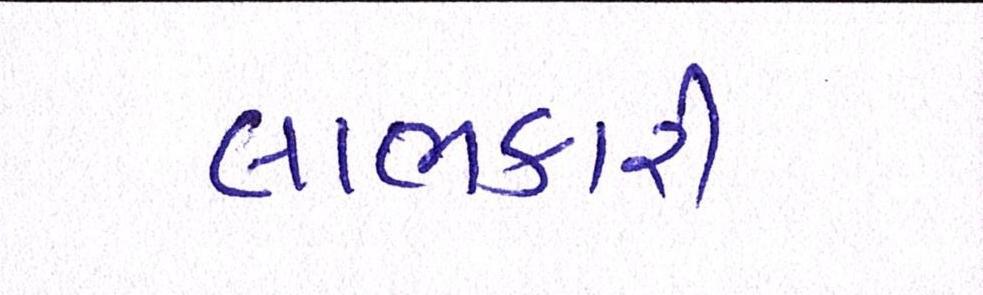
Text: લાભકારી